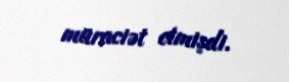
müraciət etmişdi.